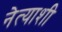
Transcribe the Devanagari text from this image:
नेत्याशी